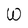
Character: W